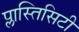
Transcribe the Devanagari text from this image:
प्लास्तिसिटी